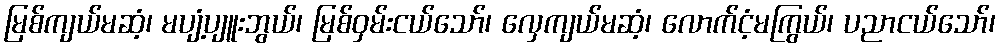
မြစ်ကျယ်မဆံ့၊ မပျံ့ပျူးဘွယ်၊ မြစ်ဝှမ်းငယ်သော်၊ လှေကျယ်မဆံ့၊ လောက်ငံ့မကြွယ်၊ ပညာငယ်သော်၊